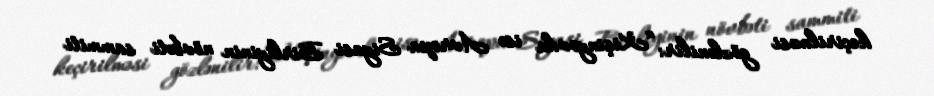
keçirilməsi gözlənilir: “Kişinyovda isə Avropa Siyasi Birliyinin növbəti sammiti